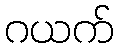
ဂယက်